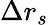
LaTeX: \Delta r_{s}